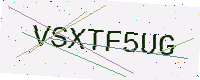
Text: VSXTF5UG